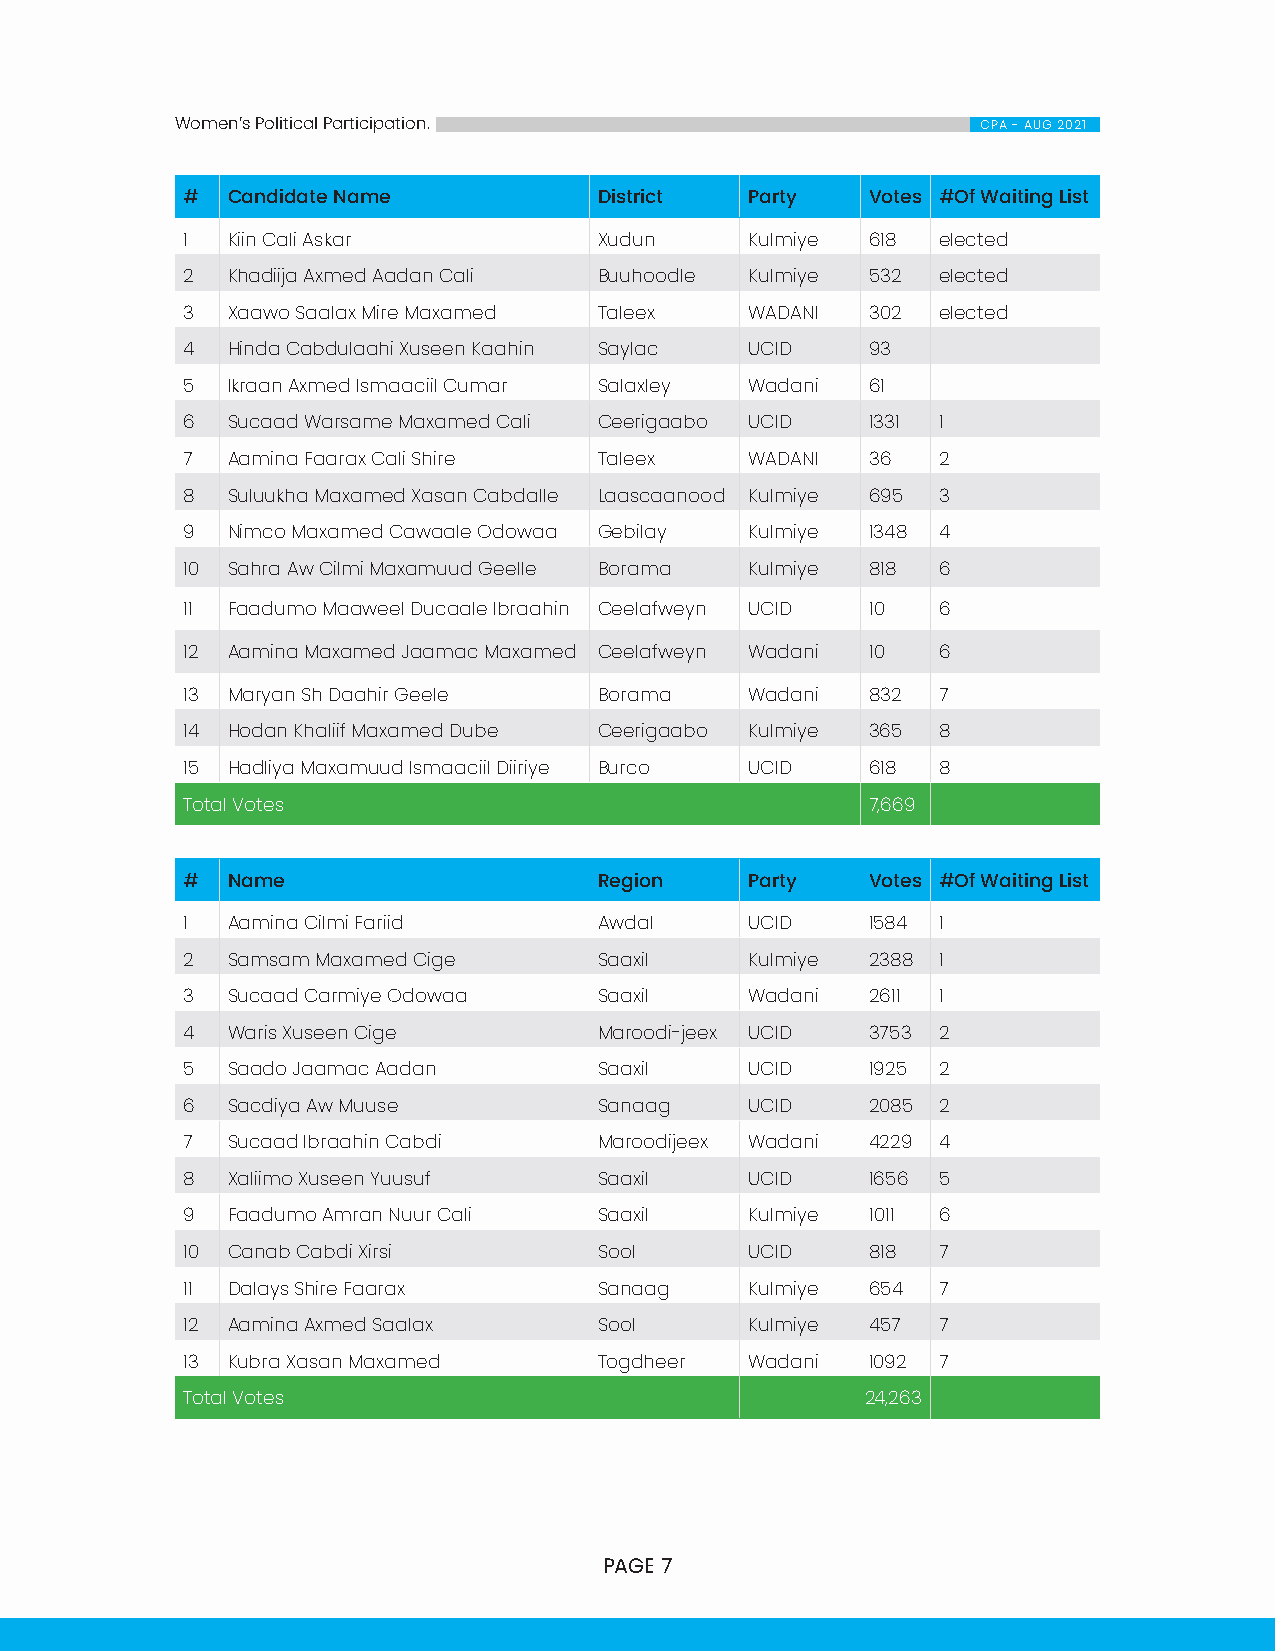
Women’s Political Participation.                     CPA - AUG 2021
 #  Candidate Name           District  Party   Votes #Of Waiting List
 1  Kiin Cali Askar          Xudun     Kulmiye 618 elected
 2  Khadiija Axmed Aadan Cali Buuhoodle Kulmiye 532 elected
 3  Xaawo Saalax Mire Maxamed Taleex   WADANI  302 elected
 4  Hinda Cabdulaahi Xuseen Kaahin Saylac UCID 93
 5  Ikraan Axmed Ismaaciil Cumar Salaxley Wadani 61
 6  Sucaad Warsame Maxamed Cali Ceerigaabo UCID 1331 1
 7  Aamina Faarax Cali Shire Taleex    WADANI  36  2
 8  Suluukha Maxamed Xasan Cabdalle Laascaanood Kulmiye 695 3
 9  Nimco Maxamed Cawaale Odowaa Gebilay Kulmiye 1348 4
 10 Sahra Aw Cilmi Maxamuud Geelle Borama Kulmiye 818 6
 11 Faadumo Maaweel Ducaale Ibraahin Ceelafweyn UCID 10 6
 12 Aamina Maxamed Jaamac Maxamed Ceelafweyn Wadani 10 6
 13 Maryan Sh Daahir Geele   Borama    Wadani  832 7
 14 Hodan Khaliif Maxamed Dube Ceerigaabo Kulmiye 365 8
 15 Hadliya Maxamuud Ismaaciil Diiriye Burco UCID 618 8
 Total Votes                                   7,669
 #  Name                     Region    Party   Votes #Of Waiting List
 1  Aamina Cilmi Fariid      Awdal     UCID    1584 1
 2  Samsam Maxamed Cige      Saaxil    Kulmiye 2388 1
 3  Sucaad Carmiye Odowaa    Saaxil    Wadani  2611 1
 4  Waris Xuseen Cige        Maroodi-jeex UCID 3753 2
 5  Saado Jaamac Aadan       Saaxil    UCID    1925 2
 6  Sacdiya Aw Muuse         Sanaag    UCID    2085 2
 7  Sucaad Ibraahin Cabdi    Maroodijeex Wadani 4229 4
 8  Xaliimo Xuseen Yuusuf    Saaxil    UCID    1656 5
 9  Faadumo Amran Nuur Cali  Saaxil    Kulmiye 1011 6
 10 Canab Cabdi Xirsi        Sool      UCID    818 7
 11 Dalays Shire Faarax      Sanaag    Kulmiye 654 7
 12 Aamina Axmed Saalax      Sool      Kulmiye 457 7
 13 Kubra Xasan Maxamed      Togdheer  Wadani  1092 7
 Total Votes                                  24,263
 PAGE 7